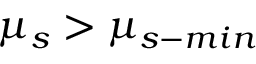
\mu _ { s } > \mu _ { s - m i n }